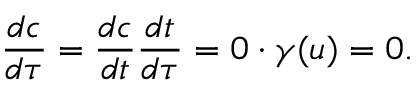
\frac { d c } { d \tau } = \frac { d c } { d t } \frac { d t } { d \tau } = 0 \cdot \gamma ( u ) = 0 .